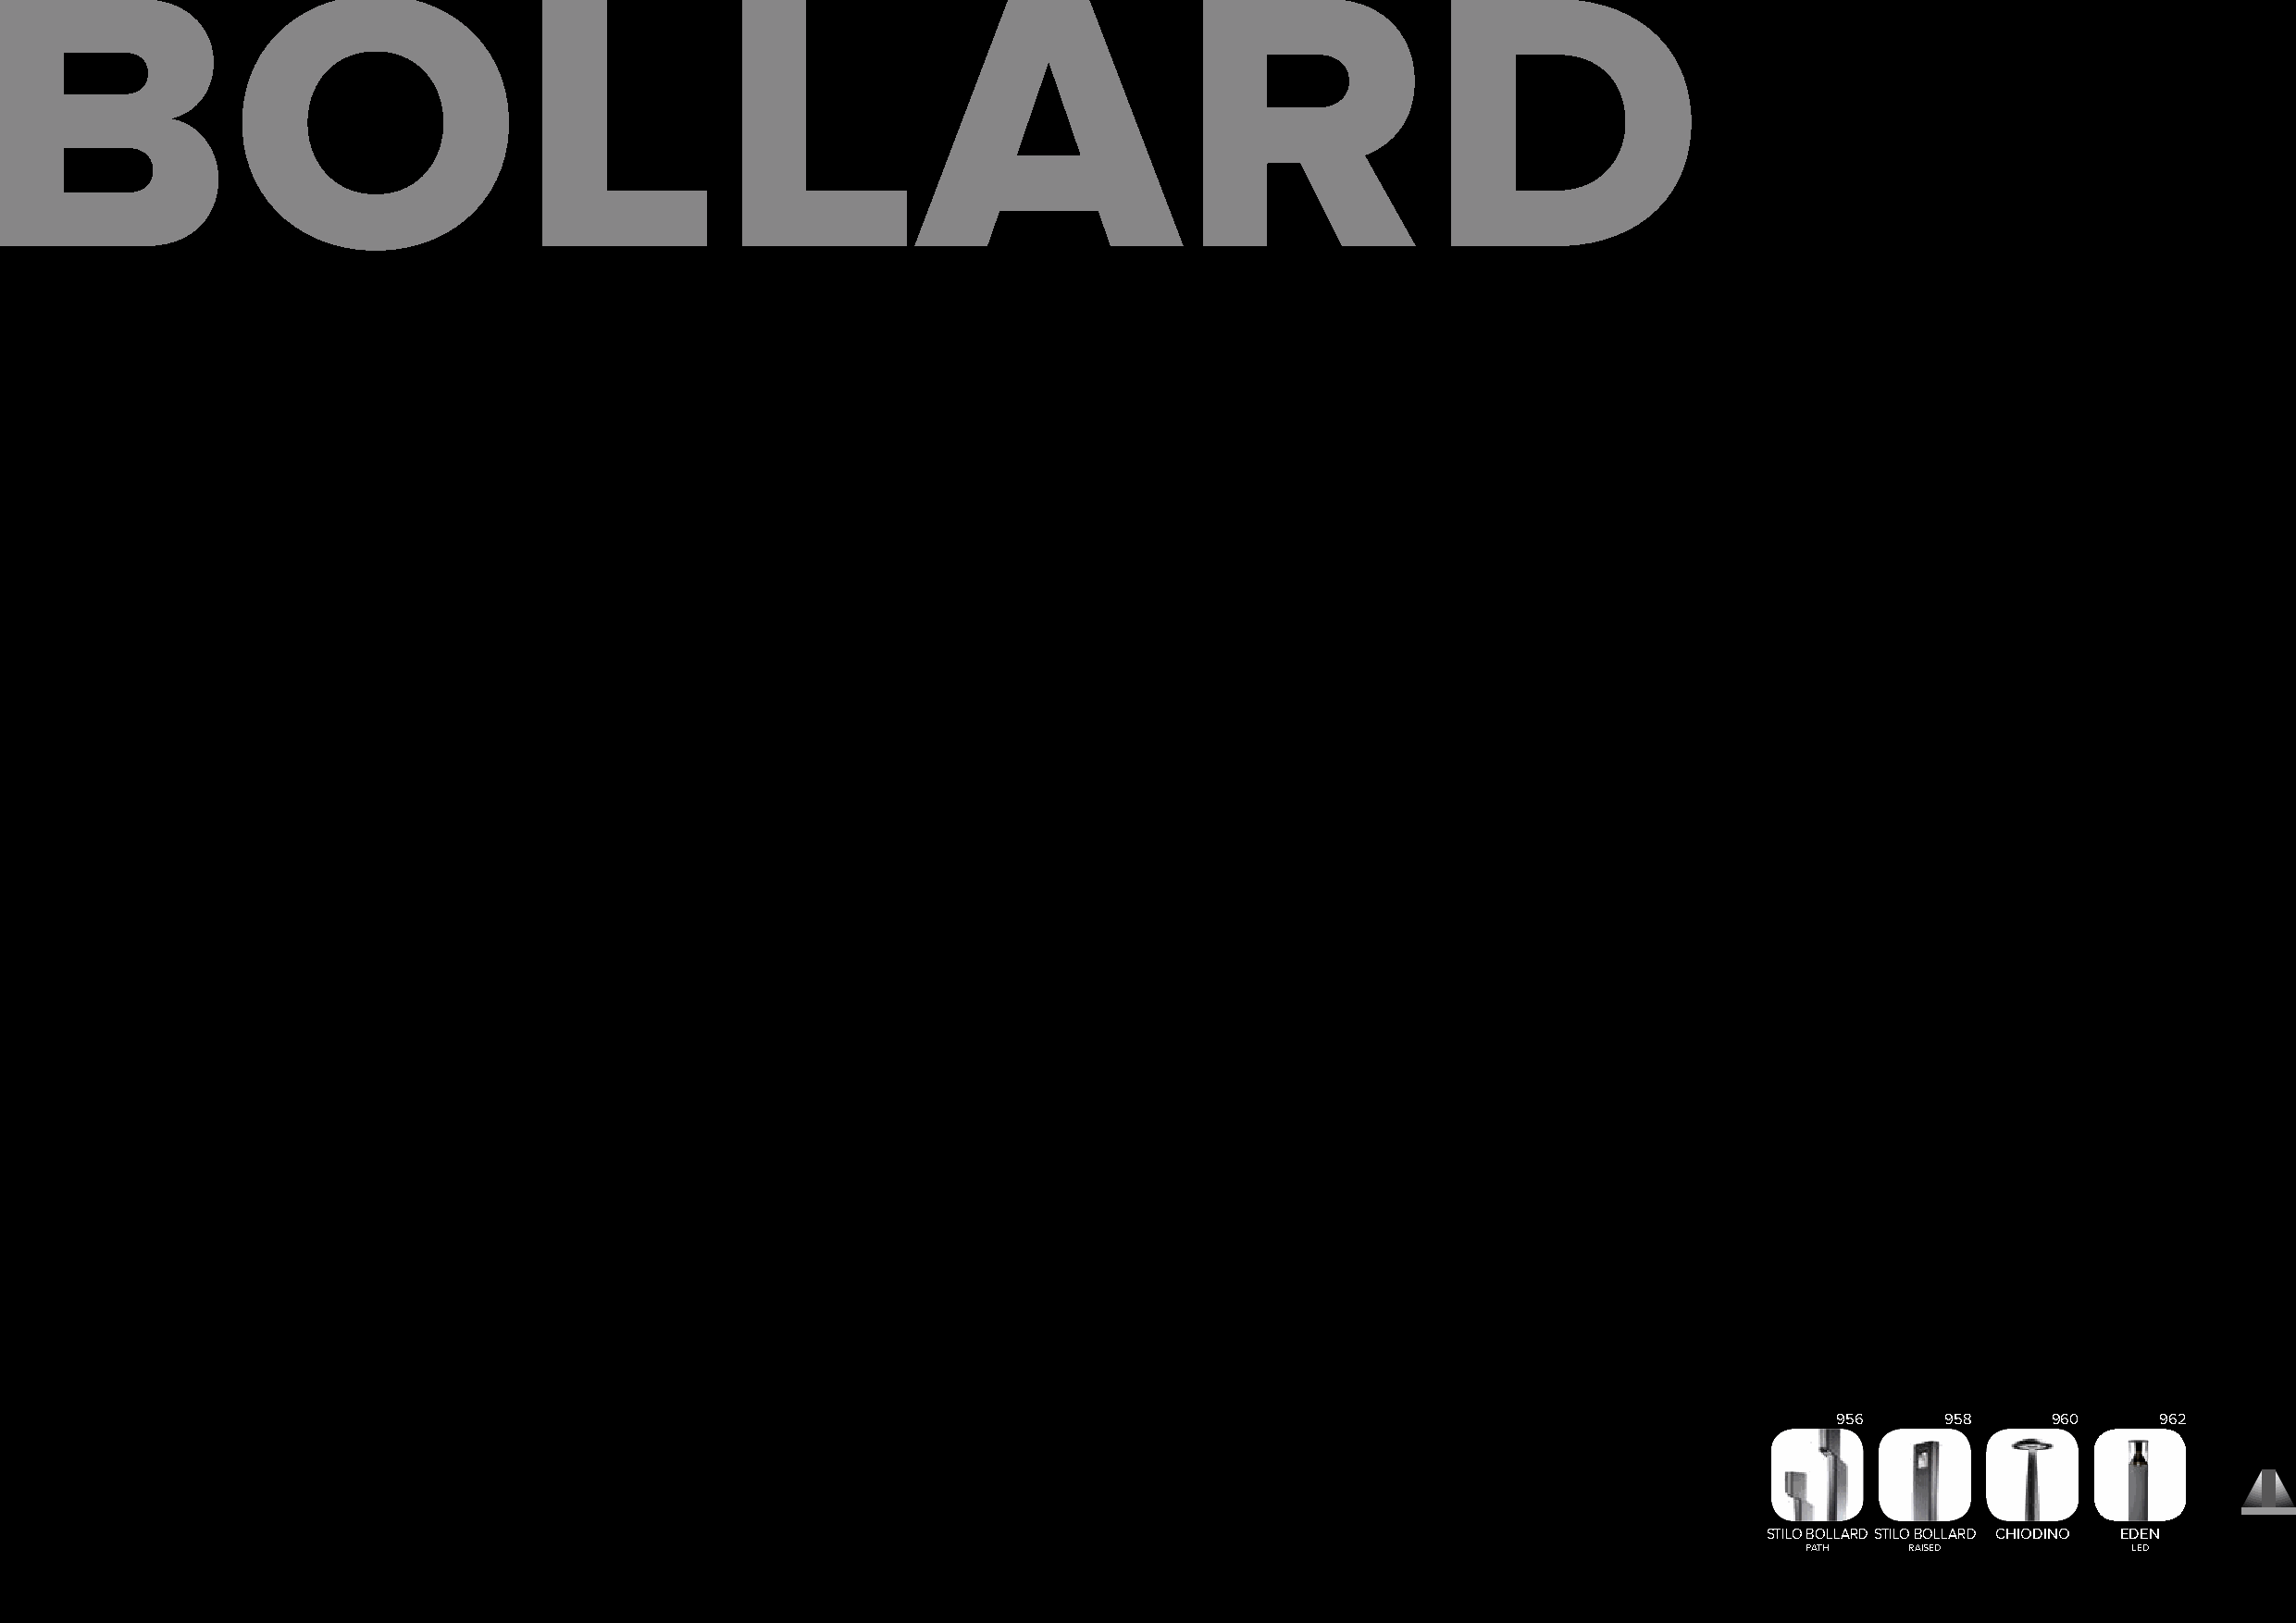
BOLLARD
 956     958     960    962
 STILO BOLLARDSTILO BOLLARD CHIODINO EDEN
 PATH    RAISED         LED